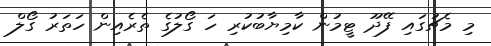
މި މެޗުގައި ފޭދޫ ޓީމުން ކާމިޔާބުކުރި ހަ ގޯލުގެ ތެރެއިން ހަތަރު ގޯލް